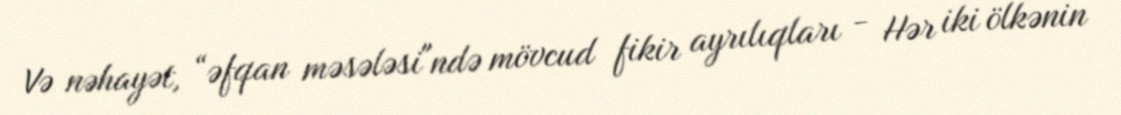
Və nəhayət, “əfqan məsələsi"ndə mövcud fikir ayrılıqları - Hər iki ölkənin